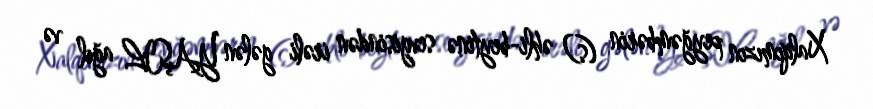
Xalqımızın peyğəmbərin (s) əhli-beytinə sevgisindən irəli gələn YAŞIL ağıl və